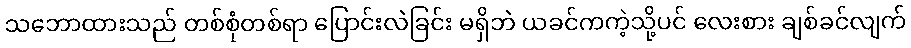
သဘောထားသည် တစ်စုံတစ်ရာ ပြောင်းလဲခြင်း မရှိဘဲ ယခင်ကကဲ့သို့ပင် လေးစား ချစ်ခင်လျက်